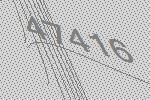
47416